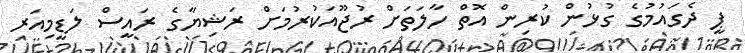
ޕީ ދެގައުމުގެ ގުޅުން ކުރިން އޮތް ހާލަތަށް ރުޖޫއަކުރުމަށް ރަޝިޔާގެ ރައީސް ލަޑީމިއަރ